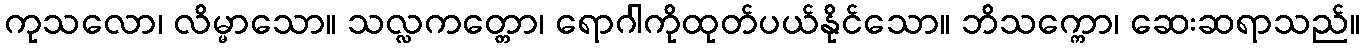
ကုသလော၊ လိမ္မာသော။ သလ္လကတ္တော၊ ရောဂါကိုထုတ်ပယ်နိုင်သော။ ဘိသက္ကော၊ ဆေးဆရာသည်။